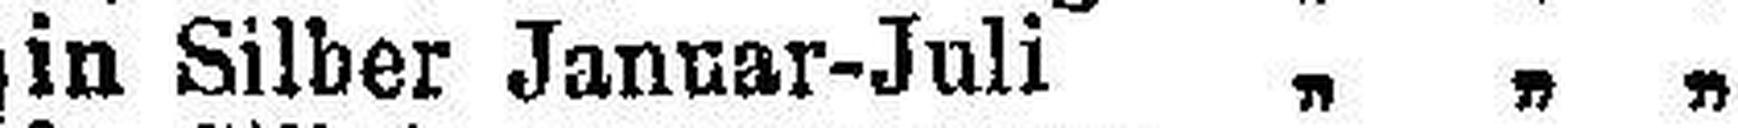
in Silber Januar-Juli „ „ „